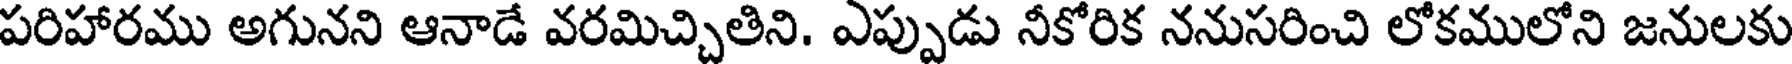
పరిహారము అగునని ఆనాడే వరమిచ్చితిని. ఎప్పుడు నీకోరిక ననుసరించి లోకములోని జనులకు